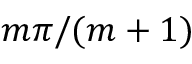
m \pi / ( m + 1 )